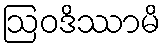
ဩဝဒိဿာမိ